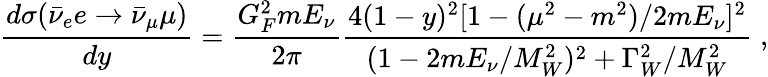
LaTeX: \frac{d\sigma(\bar{\nu}_{e}e\rightarrow\bar{\nu}_{\mu}\mu)}{dy}=\frac{G_{F}^{2}mE_{\nu}}{2\pi}\frac{4(1-y)^{2}[1-(\mu^{2}-m^{2})/2mE_{\nu}]^{2}}{(1-2mE_{\nu}/M_{W}^{2})^{2}+\Gamma_{W}^{2}/M_{W}^{2}}\; ,